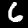
Label: 6